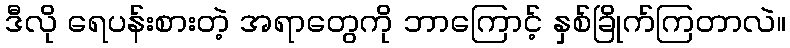
ဒီလို ရေပန်းစားတဲ့ အရာတွေကို ဘာကြောင့် နှစ်ခြိုက်ကြတာလဲ။